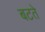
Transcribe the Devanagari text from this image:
बटते